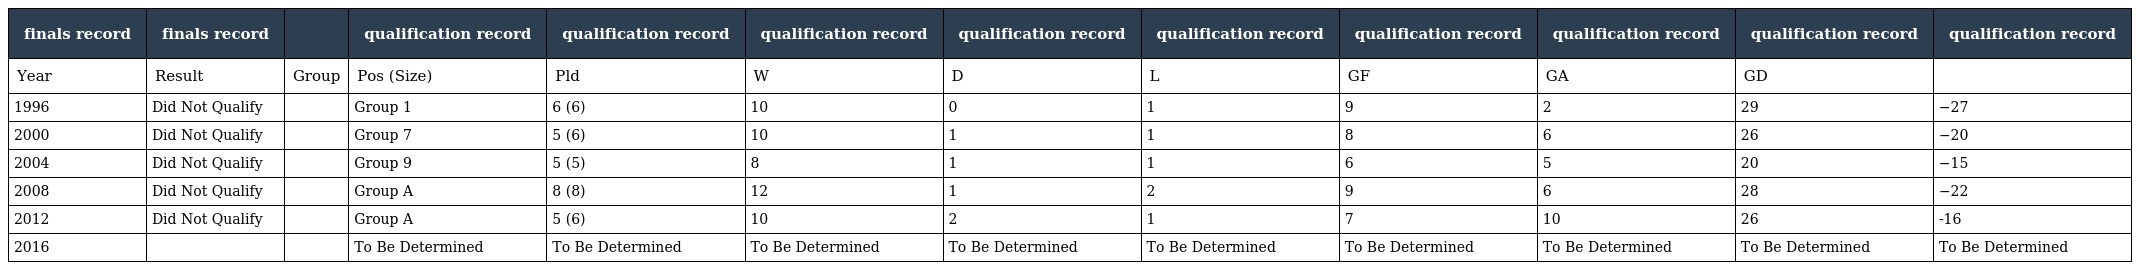
| finals record | finals record |  | qualification record | qualification record | qualification record | qualification record | qualification record | qualification record | qualification record | qualification record | qualification record |
 | --- | --- | --- | --- | --- | --- | --- | --- | --- | --- | --- | --- |
 | Year | Result | Group | Pos (Size) | Pld | W | D | L | GF | GA | GD |  |
 | 1996 | Did Not Qualify |  | Group 1 | 6 (6) | 10 | 0 | 1 | 9 | 2 | 29 | −27 |
 | 2000 | Did Not Qualify |  | Group 7 | 5 (6) | 10 | 1 | 1 | 8 | 6 | 26 | −20 |
 | 2004 | Did Not Qualify |  | Group 9 | 5 (5) | 8 | 1 | 1 | 6 | 5 | 20 | −15 |
 | 2008 | Did Not Qualify |  | Group A | 8 (8) | 12 | 1 | 2 | 9 | 6 | 28 | −22 |
 | 2012 | Did Not Qualify |  | Group A | 5 (6) | 10 | 2 | 1 | 7 | 10 | 26 | -16 |
 | 2016 |  |  | To Be Determined | To Be Determined | To Be Determined | To Be Determined | To Be Determined | To Be Determined | To Be Determined | To Be Determined | To Be Determined |